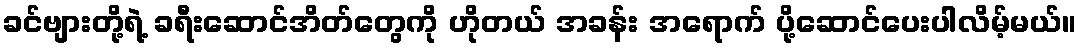
ခင်ဗျားတို့ရဲ့ ခရီးဆောင်အိတ်တွေကို ဟိုတယ် အခန်း အရောက် ပို့ဆောင်ပေးပါလိမ့်မယ်။